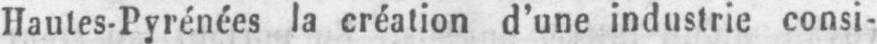
Hautes-Pyrénées la création d’une industrie consi-